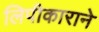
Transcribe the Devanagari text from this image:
लिपीकाराने